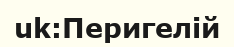
uk:Перигелій